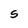
Character: S